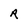
Character: R